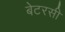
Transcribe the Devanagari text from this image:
बेटरसी